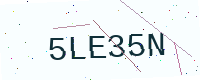
Text: 5LE35N